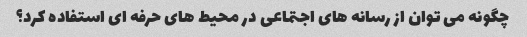
چگونه می توان از رسانه های اجتماعی در محیط های حرفه ای استفاده کرد؟